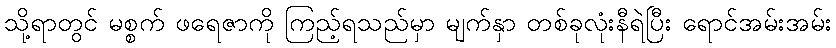
သို့ရာတွင် မစ္စက် ဖရေဇာကို ကြည့်ရသည်မှာ မျက်နှာ တစ်ခုလုံးနီရဲပြီး ရောင်အမ်းအမ်း